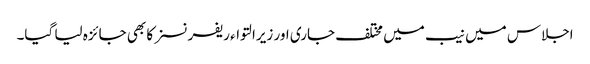
اجلاس میں نیب میں مختلف جاری اور زیرالتواء ریفرنسز کا بھی جائزہ لیا گیا۔